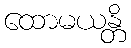
ထောမယန္တိ